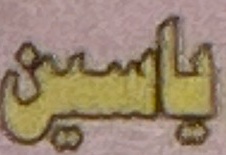
یاسین